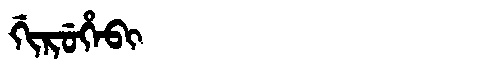
Manchu: ᡤᡳᡵᡠᡥᡝᠪᡳ
Romanization: GIRUHEBI